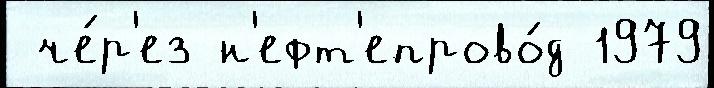
 че́р'ез н'ефт'епрово́д 1979